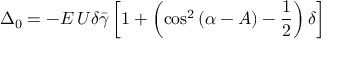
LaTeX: \Delta _ { 0 } = - E \, U \delta \bar { \gamma } \left[ 1 + \left( \cos ^ { 2 } \left( \alpha - A \right) - \frac { 1 } { 2 } \right) \delta \right]